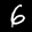
Label: 6